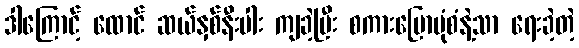
ဒါကြောင့် ထောင် ဆယ်နှစ်နီးပါး ကျခဲ့ပြီး စကားပြောပုံစံနဲ့သာ ရေးခဲ့တဲ့